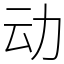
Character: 动